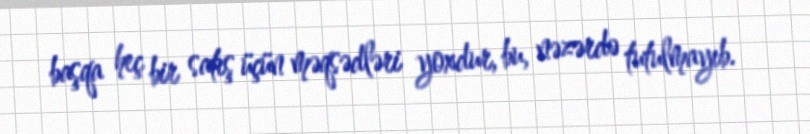
başqa heç bir satış üçün məqsədləri yoxdur, bu, nəzərdə tutulmayıb.